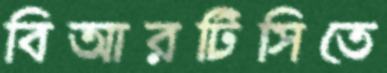
বিআরটিসিতে